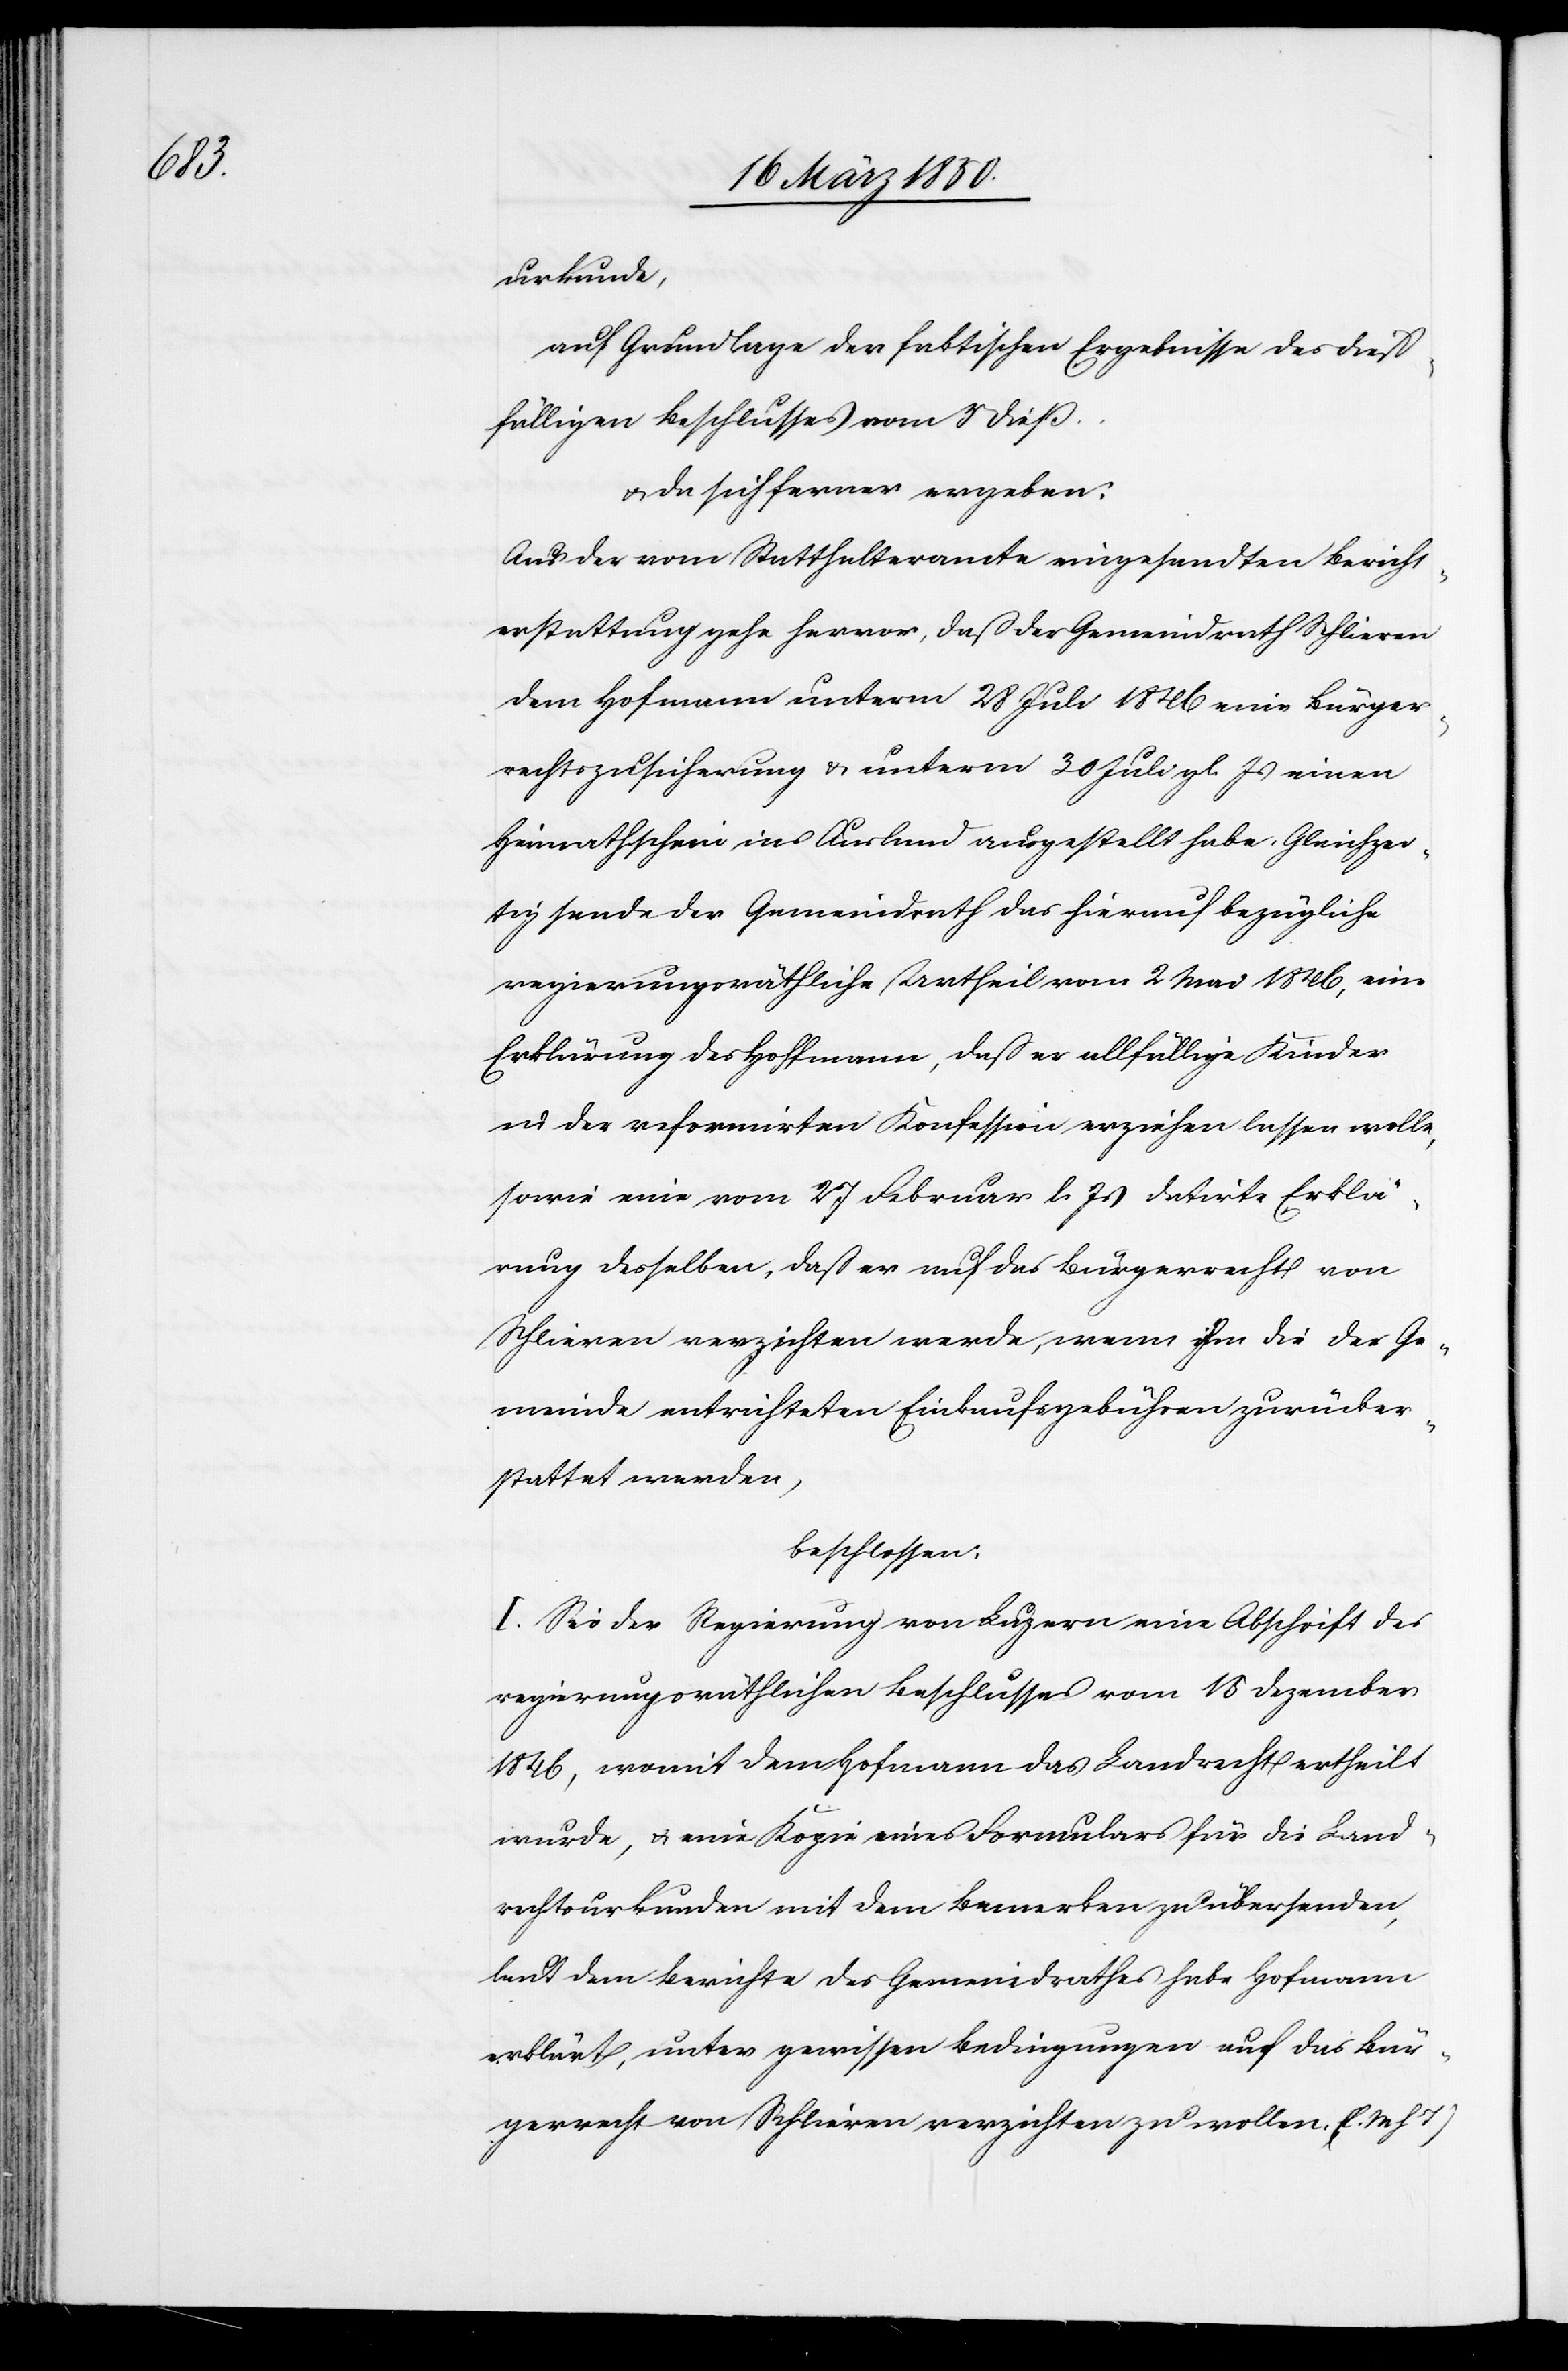
urkunde,
auf Grundlage der faktischen Ergebnisse des dieß¬
fälligen Beschlusses vom 5 dieß.
u. da sich ferner ergeben:
Aus der vom Statthalteramte eingesandten Bericht¬
erstattung gehe hervor, daß der Gemeindrath Schlieren
dem Hofmann unterm 28 Juli 1846 eine Bürger¬
rechtszusicherung u. unterm 30 Juli gl. Js einen
Heimathschein ins Ausland ausgestellt habe. Gleichzei¬
tig sende der Gemeindrath das hierauf bezügliche
regierungsräthliche Urtheil vom 2 Mai 1846, eine
Erklärung des Hoffmann, daß er allfällige Kinder
in der reformirten Konfession erziehen lassen wolle,
sowie eine vom 27 Februar l. Js datirte Erklä¬
rung desselben, daß er auf das Bürgerrecht von
Schlieren verzichten werde, wenn ihm die der Ge¬
meinde entrichteten Einkaufsgebühren zurücker¬
stattet werden,
beschlossen:
I. Sei der Regierung von Luzern eine Abschrift des
regierungsräthlichen Beschlusses vom 15 Dezember
1846, womit dem Hofmann das Landrecht ertheilt
wurde, u. eine Kopie eines Formulars für die Land¬
rechtsurkunden mit dem Bemerken zu übersenden,
laut dem Berichte des Gemeindrathes habe Hofmann
erklärt, unter gewissen Bedingungen auf das Bür¬
gerrecht von Schlieren verzichten zu wollen. (l. M. h. T.)